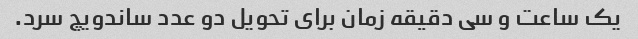
یک ساعت و سی دقیقه زمان برای تحویل دو عدد ساندویچ سرد.